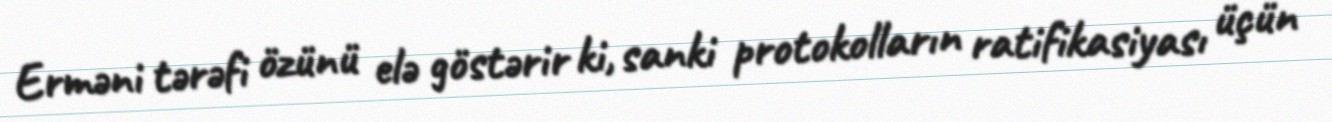
Erməni tərəfi özünü elə göstərir ki, sanki protokolların ratifikasiyası üçün